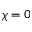
\chi = 0